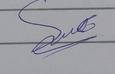
Signature authenticity: genuine